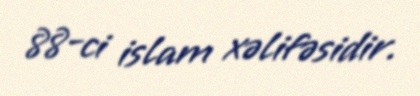
88-ci islam xəlifəsidir.